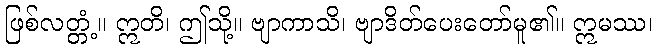
ဖြစ်လတ္တံ့။ ဣတိ၊ ဤသို့။ ဗျာကာသိ၊ ဗျာဒိတ်ပေးတော်မူ၏။ ဣမဿ၊